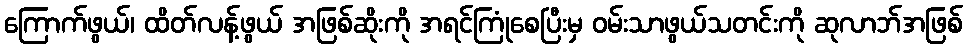
ကြောက်ဖွယ်၊ ထိတ်လန့်ဖွယ် အဖြစ်ဆိုးကို အရင်ကြုံစေပြီးမှ ဝမ်းသာဖွယ်သတင်းကို ဆုလာဘ်အဖြစ်